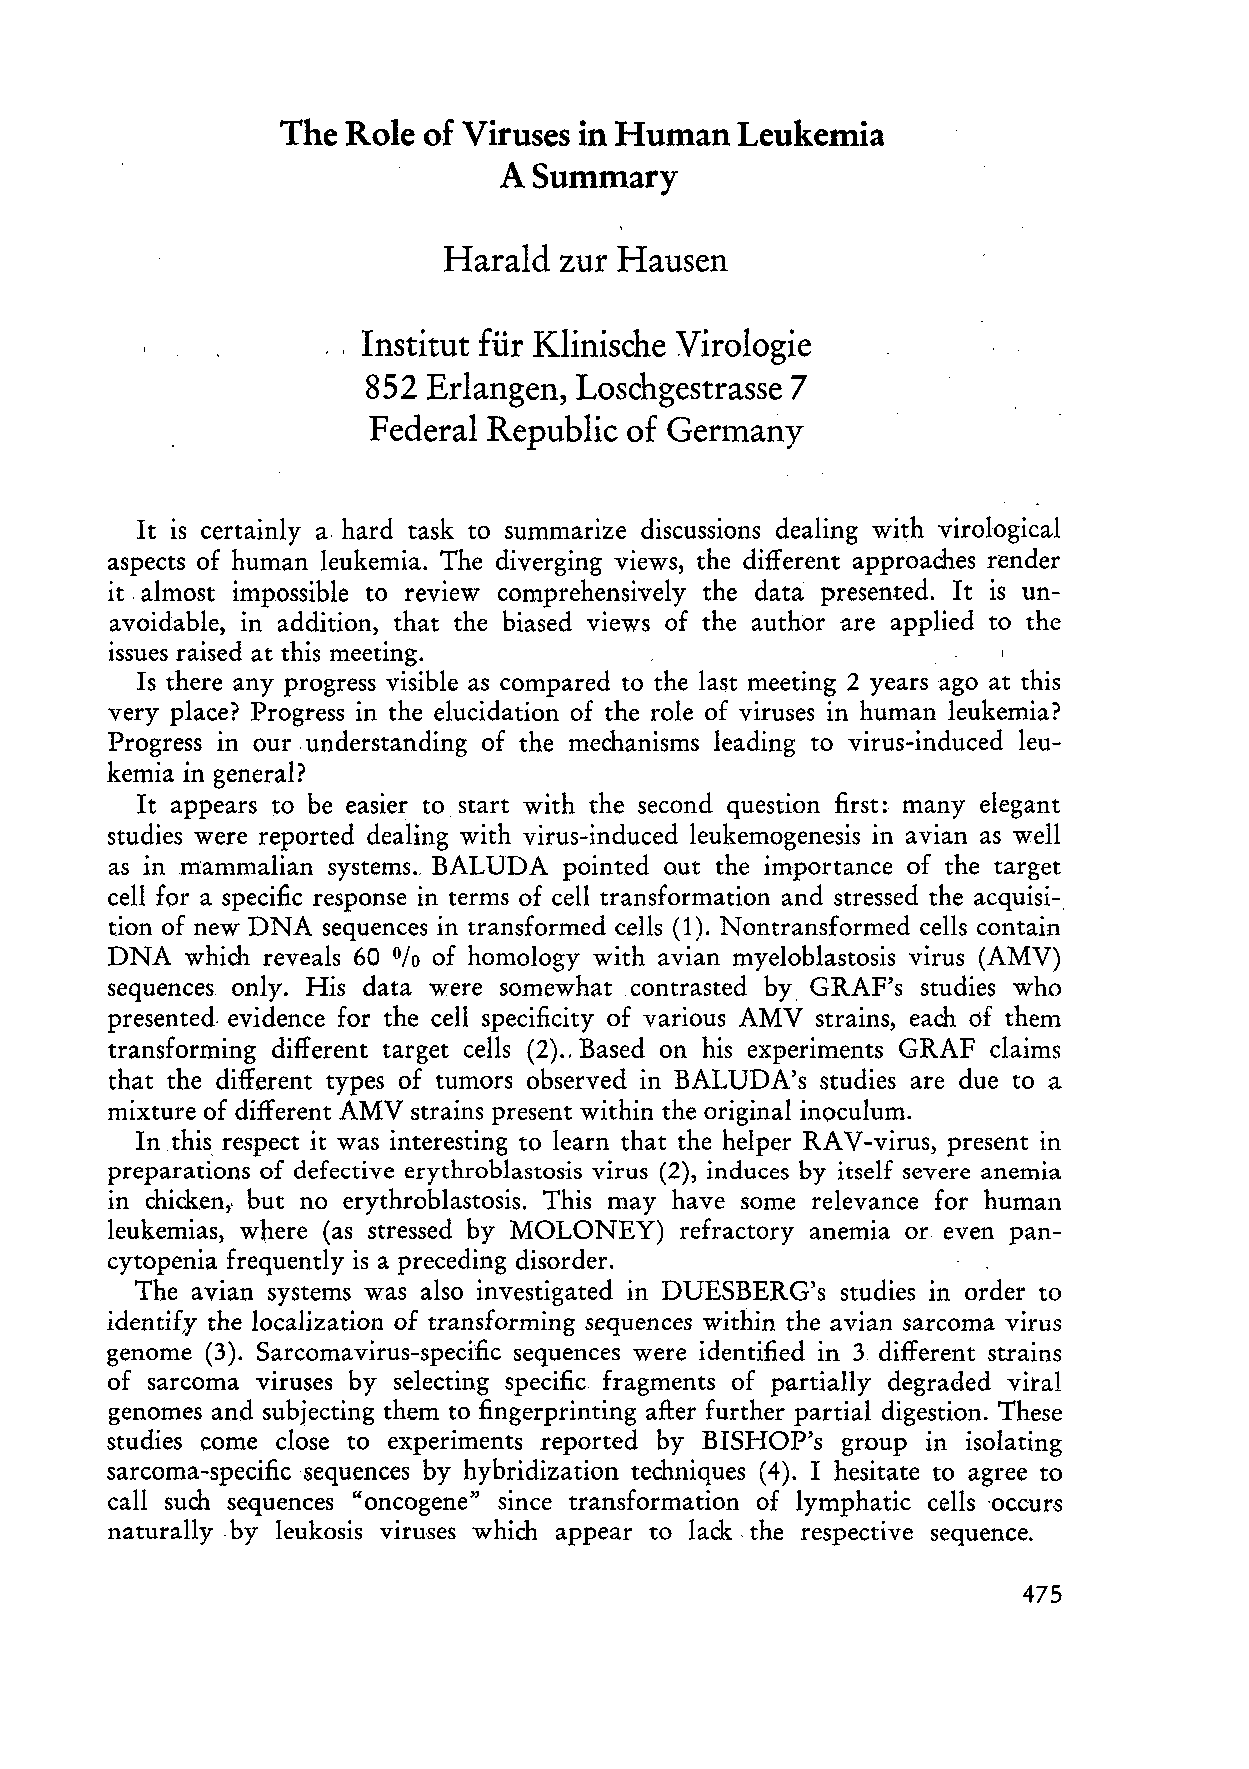
The Role of Viruses in Human  Leukemia
 ASummary
 Harald  zur Hausen
 Institut für Klinische Virologie
 852 Erlangen, Loschgestrasse 7
 Federal Republic of Germany
 It is certainly a hard task to summarize discussions dealing with virological
 aspects of human leukemia. The diverging views, the different approaches render
 it almost impossible to review comprehensively the data presented. It is un
 avoidable, in addition, that the biased views of the author are applied to the
 issues raised at this meeting.
 Is there any progress visible as compared to the last meeting 2 years ago at this
 very place? Progress in the elucidation of the role of viruses in human leukemia?
 Progress in our, understanding of the mechanisms leading to virus-induced leu
 kemia in general?
 It appears to be easier to start with the second question first: many elegant
 studies were reported dealing with virus-induced leukemogenesis in avian as weH
 as in mammalian systems .. BALUDA pointed out the importance of the target
 cell for a specific response in terms of cell transformation and stressed the acquisi-,
 ti on of new DNA sequences in transformed cells (1). Nontransformed cells contain
 DNA  which reveals 60 of homology with avian myeloblastosis virus (AMV)
 %
 sequences only. His data were somewhat contrasted by GRAF's studies who
 presented. evidence for the ceH specificity of various AMV strains, each of them
 transforming different target cells (2)., Based on his experiments GRAF claims
 that the different types of tumors observed in BALUDA's studies are due to a
 mixture of different AMV strains present within the original inoculum.
 Inthis respect it was interesting to learn that the helper RAV-virus, present in
 preparations of defective erythroblastosis virus (2), induces by itself severe anemia
 in chicken,. but no erythroblastosis. This may have some relevance for human
 leukemias, where (as stressed by MOLONEY) refractory anemia or even pan
 cytopenia frequently is a preceding disorder.
 The avian systems was also investigated in DUESBERG's studies in order to
 identify the localization of transforming sequences within the avian sarcoma virus
 genome (3). Sarcomavirus-specific sequences were identified in 3 different strains
 of sarcoma viruses by selecting specific fragments of partially degraded vital
 genomes and subjecting them to fingerprinting after further partial digestion. These
 studies come close to experiments reported by BISHOP's group in isolating
 sarcoma-specificsequences by hybridization techniques (4). I hesitate to agree to
 call such sequences "oncogene" since transformation of lymphatic cells 'occurs
 naturally ,by leukosis viruses which appear to lack., the respective sequence.
 475